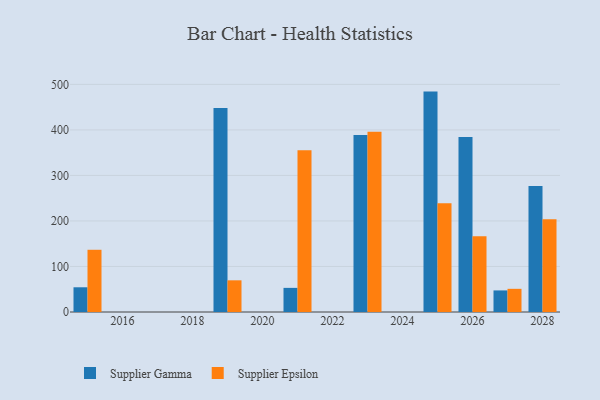
{"axis": {"x": "Year", "y": "LTV (USD)"}, "legend": ["Supplier Epsilon", "Supplier Gamma"], "data": [{"x": "2026", "y": 384.4, "type": "Supplier Gamma"}, {"x": "2026", "y": 166.5, "type": "Supplier Epsilon"}, {"x": "2019", "y": 448.0, "type": "Supplier Gamma"}, {"x": "2019", "y": 69.6, "type": "Supplier Epsilon"}, {"x": "2027", "y": 47.4, "type": "Supplier Gamma"}, {"x": "2027", "y": 50.9, "type": "Supplier Epsilon"}, {"x": "2015", "y": 54.3, "type": "Supplier Gamma"}, {"x": "2015", "y": 136.7, "type": "Supplier Epsilon"}, {"x": "2025", "y": 484.2, "type": "Supplier Gamma"}, {"x": "2025", "y": 239.0, "type": "Supplier Epsilon"}, {"x": "2021", "y": 53.0, "type": "Supplier Gamma"}, {"x": "2021", "y": 355.4, "type": "Supplier Epsilon"}, {"x": "2023", "y": 388.8, "type": "Supplier Gamma"}, {"x": "2023", "y": 396.1, "type": "Supplier Epsilon"}, {"x": "2028", "y": 277.0, "type": "Supplier Gamma"}, {"x": "2028", "y": 204.0, "type": "Supplier Epsilon"}]}